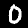
Digit: 0